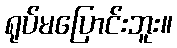
ရုပ်မပြောင်းဘူး။